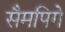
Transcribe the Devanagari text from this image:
सैमपिगे